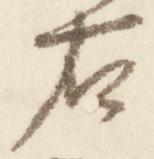
右